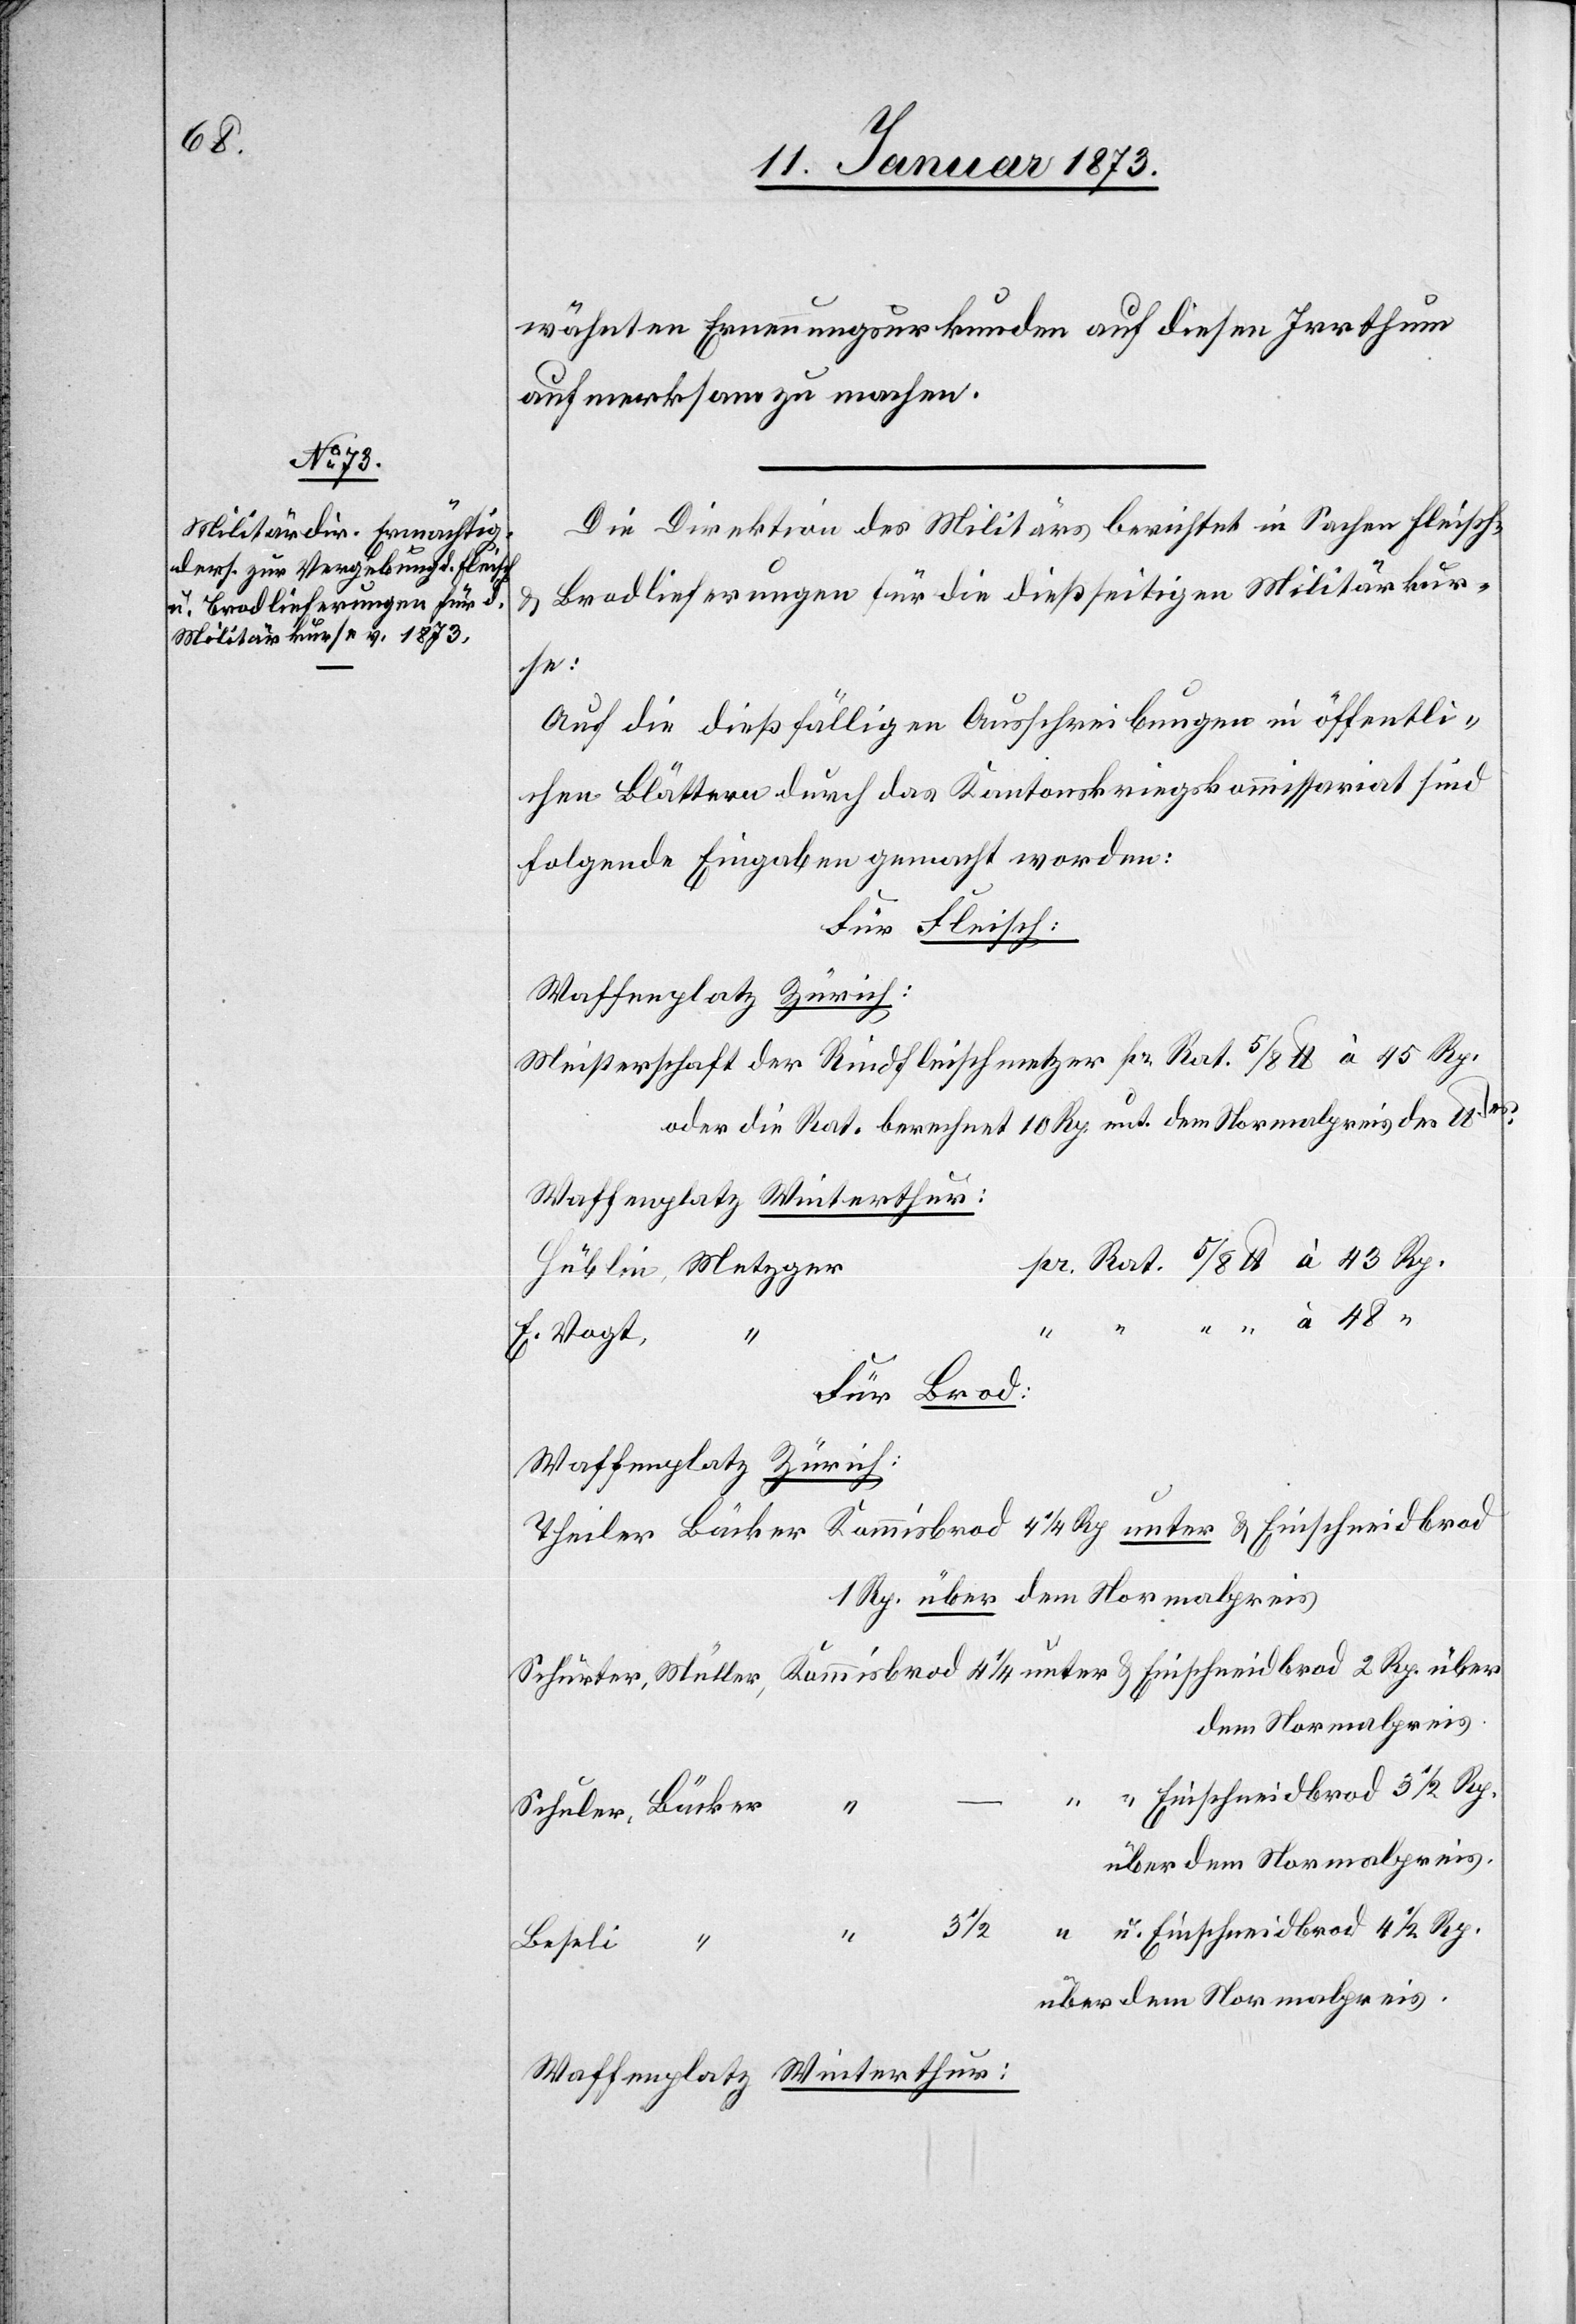
wähnten Ernennungsurkunden auf diesen Irrthum
aufmerksam zu machen.
Die Direktion des Militärs berichtet in Sachen Fleisch-
Brodlieferungen für die dießseitigen Militärkur¬
se:
Auf die dießfälligen Ausschreibungen in öffentli¬
chen Blättern durch das Kantonskriegskommissariat sind
folgende Eingaben gemacht worden:
Für Fleisch:
Waffenplatz Zürich:
Meisterschaft der Rindfleischmetz[g]er pr. Rat. 5/8 lb. à 45 Rp.
oder die Rat. berechnet 10 Rp. unt. dem Normalpreis des l¬
Hüblin, Metzger
E. Vogt,
Waffenplatz Zürich:
Theiler Bäcker Kommisbrod 4 1/4 Rp unter & Einschneidbrod
1 Rp. über dem Normalpreis
Schurter, Müller, Kommisbrod 4 1/4 unter & Einschneidbrod 2 Rp. über
dem Normalpreis.
“ Einschneidbrod 3 1/2 Rp.
Schuler, Bäcker
über dem Normalpreis
3 1/2
“ u. Einschneidbrod 4 1/2 Rp.
Für
“ –
Beseli “
über dem Normalpreis.
Waffenplatz Winterthur: